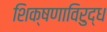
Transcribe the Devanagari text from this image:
शिक्षणाविरुद्ध